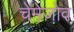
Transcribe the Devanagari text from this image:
चेमेज़ोव